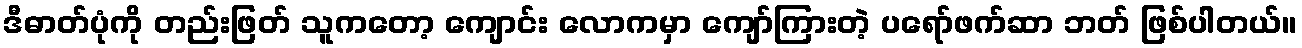
ဒီဓာတ်ပုံကို တည်းဖြတ် သူကတော့ ကျောင်း လောကမှာ ကျော်ကြားတဲ့ ပရော်ဖက်ဆာ ဘတ် ဖြစ်ပါတယ်။